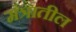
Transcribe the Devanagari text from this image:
मंत्रातील